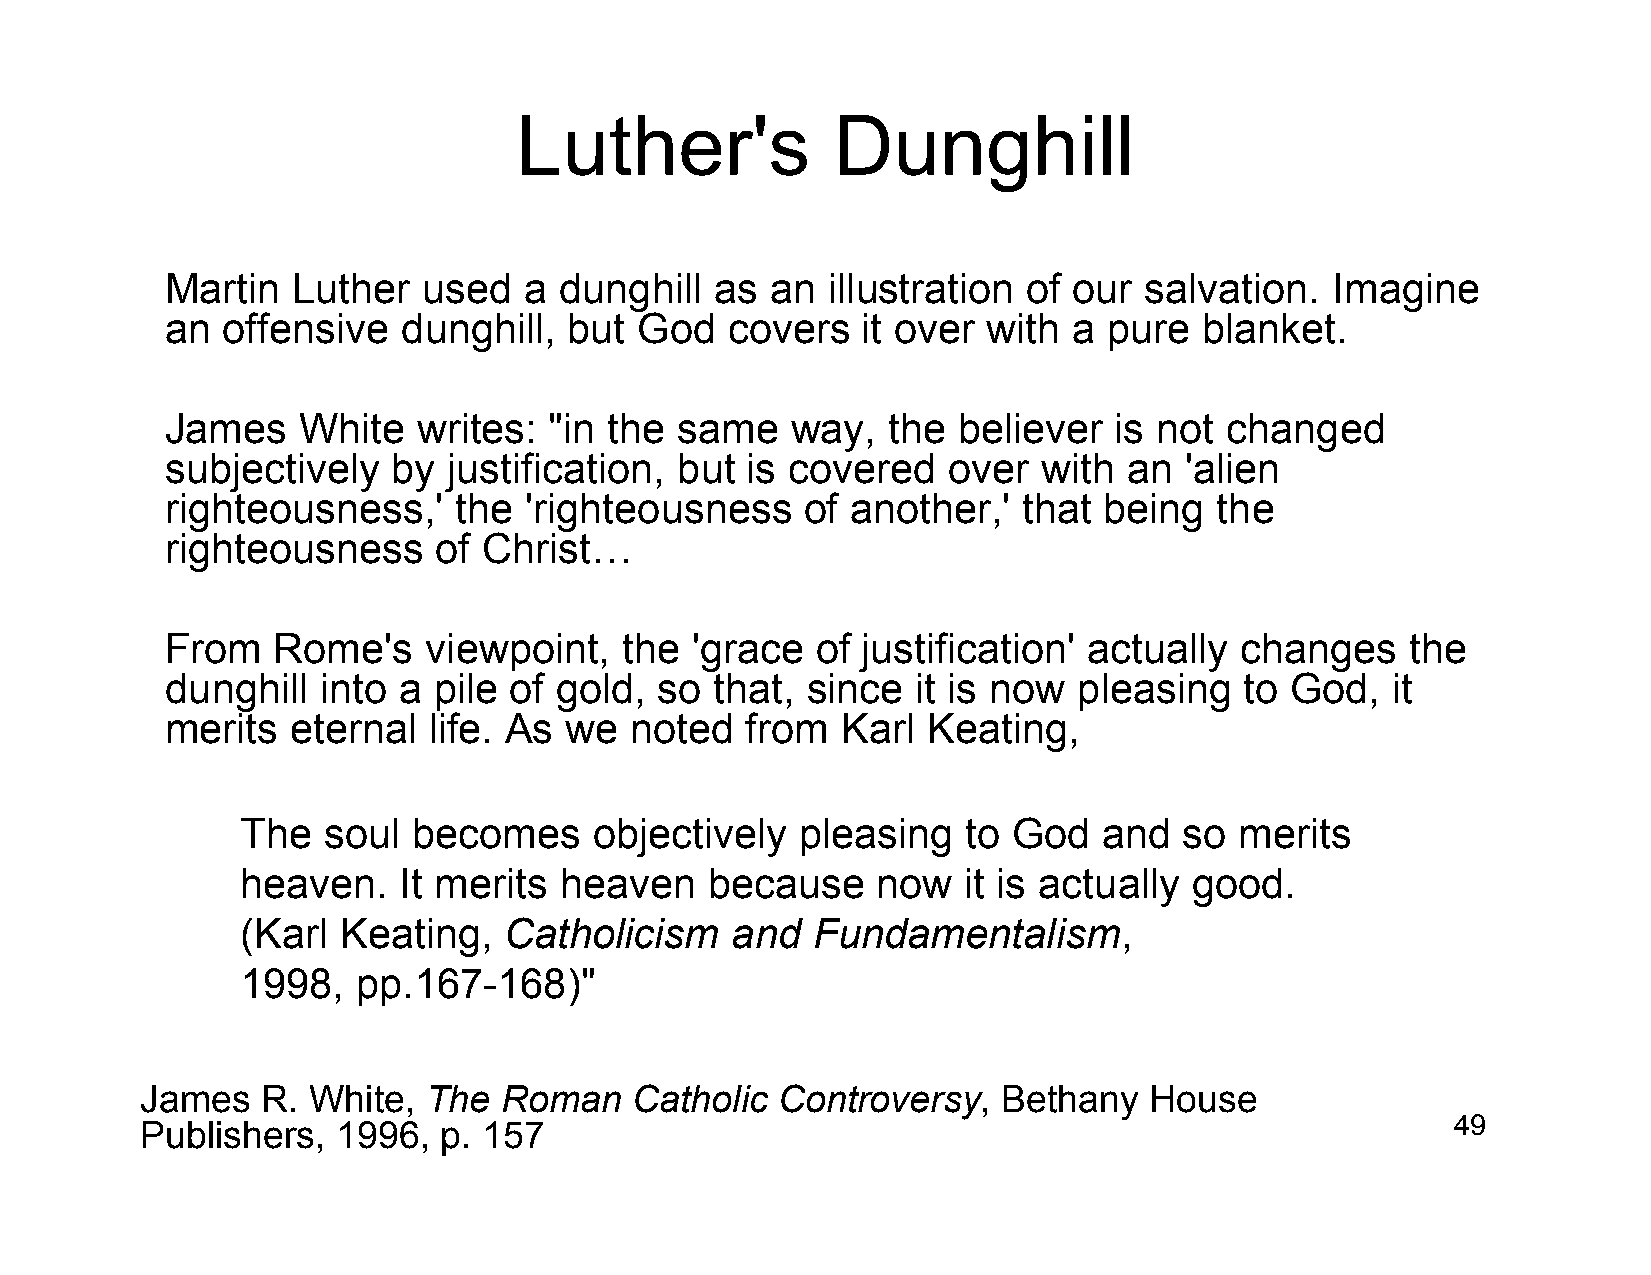
Luther's             Dunghill
 Martin  Luther   used   a dunghill  as  an  illustration of our  salvation.  Imagine
 an  offensive   dunghill,  but God   covers   it over with  a pure   blanket.
 James    White   writes: "in the  same   way,   the believer   is not changed
 subjectively   by  justification, but is covered    over  with  an 'alien
 righteousness,'    the  'righteousness    of another,'   that being   the
 righteousness     of Christ…
 From   Rome's    viewpoint,   the  'grace  of justification' actually  changes    the
 dunghill  into a  pile of gold,  so that, since   it is now pleasing   to God,   it
 merits  eternal  life. As we   noted  from   Karl Keating,
 The  soul  becomes     objectively   pleasing   to God   and  so  merits
 heaven.   It merits  heaven    because    now   it is actually good.
 (Karl Keating,   Catholicism    and   Fundamentalism,
 1998,   pp.167-168)"
 James   R. White,  The  Roman    Catholic Controversy,   Bethany   House
 Publishers,  1996,  p. 157                                                             49